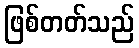
ဖြစ်တတ်သည်